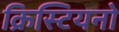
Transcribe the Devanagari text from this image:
क्रिस्टियनो